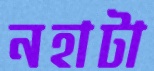
নহাটা